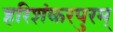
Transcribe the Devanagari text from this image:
हरिशंकरपुरम्